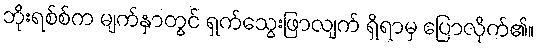
ဘိုးရစ်စ်က မျက်နှာတွင် ရှက်သွေးဖြာလျက် ရှိရာမှ ပြောလိုက်၏။